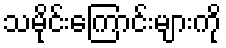
သမိုင်းကြောင်းများကို